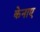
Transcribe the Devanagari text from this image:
केनाए